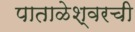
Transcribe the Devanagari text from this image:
पाताळेश्वरची